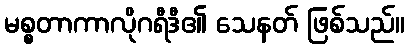
မစ္စတာကာလိုဂရီဒီ၏ သေနတ် ဖြစ်သည်။